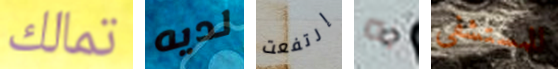
تمالك لديه إرتفعت به للمستشفى